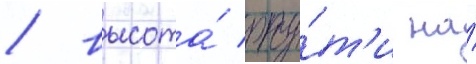
/ высота́ рту́т'и на́